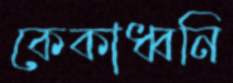
কেকাধ্বনি